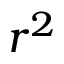
r ^ { 2 }